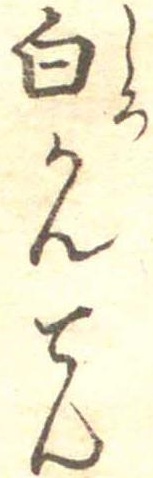
白かんてん